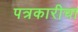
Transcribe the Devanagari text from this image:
पत्रकारीचा